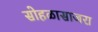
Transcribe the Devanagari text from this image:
सोहळासाजरा